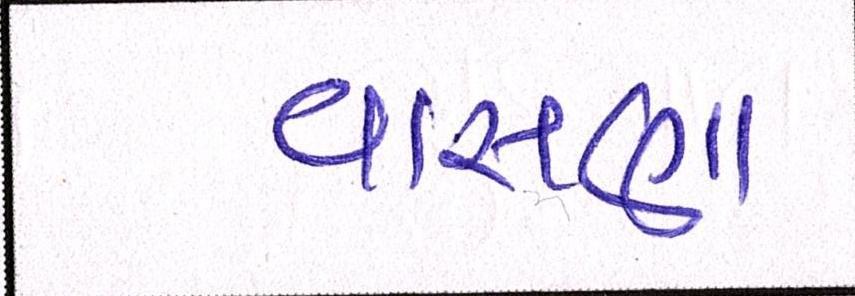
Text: વાસણા